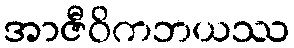
အာဇီဝိကဘယဿ